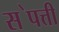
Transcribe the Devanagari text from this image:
स॓पत्ती